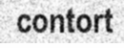
contort